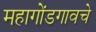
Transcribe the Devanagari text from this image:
महागोंडगावचे